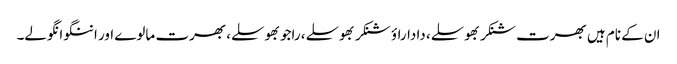
ان کے نام ہیں بھرت شنکر بھوسلے، داداراؤ شنکر بھوسلے، راجو بھوسلے، بھرت مالوے اور اننگو انگولے۔